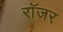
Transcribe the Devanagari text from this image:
राॅजर